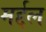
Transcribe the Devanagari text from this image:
मर्द्दल